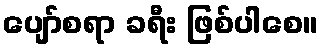
ပျော်စရာ ခရီး ဖြစ်ပါစေ။